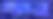
প্রার্